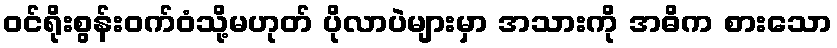
ဝင်ရိုးစွန်းဝက်ဝံသို့မဟုတ် ပိုလာပဲများမှာ အသားကို အဓိက စားသော